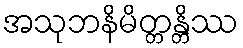
အသုဘနိမိတ္တန္တိဿ